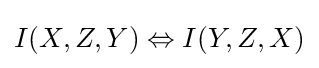
I(X,Z,Y)\Leftrightarrow I(Y,Z,X)